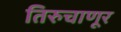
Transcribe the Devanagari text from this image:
तिरुचाणूर